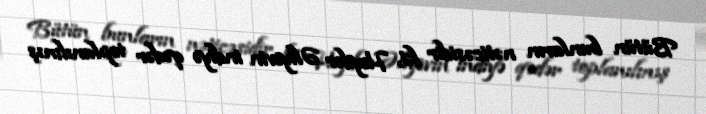
Bütün bunların nəticəsidir ki, Heydər Əliyevin indiyə qədər toplanılmış